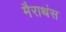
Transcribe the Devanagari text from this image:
मैराथंस